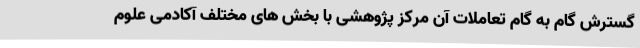
گسترش گام به گام تعاملات آن مرکز پژوهشی با بخش های مختلف آکادمی علوم